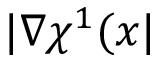
| \boldsymbol { \nabla } \chi ^ { 1 } ( \boldsymbol x |